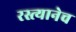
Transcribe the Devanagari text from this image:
रस्त्यानेच